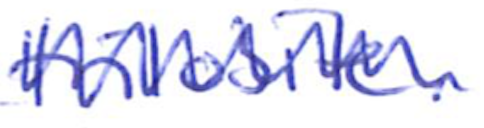
Text: trilobite.
Cross-out: zig-zag
Writing tool: ballpoint